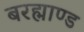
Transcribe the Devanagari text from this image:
बरह्माण्ड